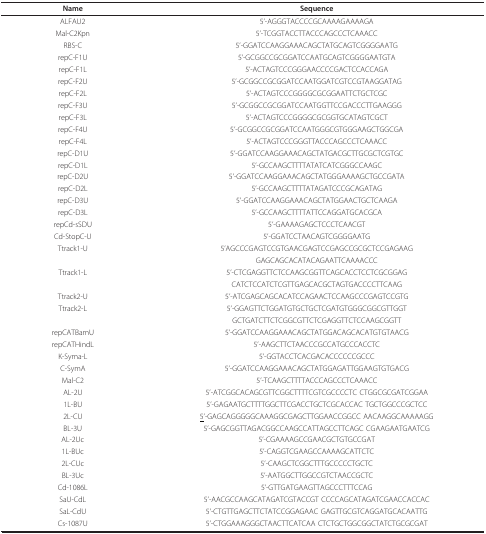
<table><thead><tr><td><b>Name</b></td><td><b>Sequence</b></td></tr></thead><tbody><tr><td>ALFAU2</td><td>5&#x27;-AGGGTACCCCGCAAAAGAAAAGA</td></tr><tr><td>Mal-C2Kpn</td><td>5&#x27;-TCGGTACCTTACCCAGCCCTCAAACC</td></tr><tr><td>RBS-C</td><td>5&#x27;-GGATCCAAGGAAACAGCTATGCAGTCGGGGAATG</td></tr><tr><td>repC-F1U</td><td>5&#x27;-GCGGCCGCGGATCCAATGCAGTCGGGGAATGTA</td></tr><tr><td>repC-F1L</td><td>5&#x27;-ACTAGTCCCGGGAACCCCGACTCCACCAGA</td></tr><tr><td>repC-F2U</td><td>5&#x27;-GCGGCCGCGGATCCAATGGATCGTCCGTAAGGATAG</td></tr><tr><td>repC-F2L</td><td>5&#x27;-ACTAGTCCCGGGGCGCGGAATTCTGCTCGC</td></tr><tr><td>repC-F3U</td><td>5&#x27;-GCGGCCGCGGATCCAATGGTTCCGACCCTTGAAGGG</td></tr><tr><td>repC-F3L</td><td>5&#x27;-ACTAGTCCCGGGGCGCGGTGCATAGTCGCT</td></tr><tr><td>repC-F4U</td><td>5&#x27;-GCGGCCGCGGATCCAATGGGCGTGGGAAGCTGGCGA</td></tr><tr><td>repC-F4L</td><td>5&#x27;-ACTAGTCCCGGGTTACCCAGCCCTCAAACC</td></tr><tr><td>repC-D1U</td><td>5&#x27;-GGATCCAAGGAAACAGCTATGACGCTTGCGCTCGTGC</td></tr><tr><td>repC-D1L</td><td>5&#x27;-GCCAAGCTTTTATATCATCGGGCCAAGC</td></tr><tr><td>repC-D2U</td><td>5&#x27;-GGATCCAAGGAAACAGCTATGGGAAAAGCTGCCGATA</td></tr><tr><td>repC-D2L</td><td>5&#x27;-GCCAAGCTTTTATAGATCCCGCAGATAG</td></tr><tr><td>repC-D3U</td><td>5&#x27;-GGATCCAAGGAAACAGCTATGGAACTGCTCAAGA</td></tr><tr><td>repC-D3L</td><td>5&#x27;-GCCAAGCTTTTATTCCAGGATGCACGCA</td></tr><tr><td>repCd-sSDU</td><td>5&#x27;-GAAAAGAGCTCCCTCAACGT</td></tr><tr><td>Cd-StopC-U</td><td>5&#x27;-GGATCCTAACAGTCGGGGAATG</td></tr><tr><td>Ttrack1-U</td><td>5&#x27;AGCCCGAGTCCGTGAACGAGTCCGAGCCGCGCTCCGAGAAG</td></tr><tr><td></td><td>GAGCAGCACATACAGAATTCAAAACCC</td></tr><tr><td>Ttrack1-L</td><td>5&#x27;-CTCGAGGTTCTCCAAGCGGTTCAGCACCTCCTCGCGGAG</td></tr><tr><td></td><td>CATCTCCATCTCGTTGAGCACGCTAGTGACCCCTTCAAG</td></tr><tr><td>Ttrack2-U</td><td>5&#x27;-ATCGAGCAGCACATCCAGAACTCCAAGCCCGAGTCCGTG</td></tr><tr><td>Ttrack2-L</td><td>5&#x27;-GGAGTTCTGGATGTGCTGCTCGATGTGGGCGGCGTTGGT</td></tr><tr><td></td><td>GCTGATCTTCTCGGCGTTCTCGAGGTTCTCCAAGCGGTT</td></tr><tr><td>repCATBamU</td><td>5&#x27;-GGATCCAAGGAAACAGCTATGGACAGCACATGTGTAACG</td></tr><tr><td>repCATHindL</td><td>5&#x27;-AAGCTTCTAACCCGCCATGCCCACCTC</td></tr><tr><td>K-Syma-L</td><td>5&#x27;-GGTACCTCACGACACCCCCCGCCC</td></tr><tr><td>C-SymA</td><td>5&#x27;-GGATCCAAGGAAACAGCTATGGAGATTGGAAGTGTGACG</td></tr><tr><td>Mal-C2</td><td>5&#x27;-TCAAGCTTTTACCCAGCCCTCAAACC</td></tr><tr><td>AL-2U</td><td>5&#x27;-ATCGGCACAGCGTTCGGCTTTTCGTCGCCCCTC CTGGCGCGATCGGAA</td></tr><tr><td>1L-BU</td><td>5&#x27;-GAGAATGCTTTTGGCTTCGACCTGCTCGCACCAC TGCTGGCCCGCTCC</td></tr><tr><td>2L-CU</td><td><underline>5</underline>&#x27;-GAGCAGGGGGCAAAGGCGAGCTTGGAACCGGCC AACAAGGCAAAAAGG</td></tr><tr><td>BL-3U</td><td>5&#x27;-GAGCGGTTAGACGGCCAAGCCATTAGCCTTCAGC CGAAGAATGAATCG</td></tr><tr><td>AL-2Uc</td><td>5&#x27;-CGAAAAGCCGAACGCTGTGCCGAT</td></tr><tr><td>1L-BUc</td><td>5&#x27;-CAGGTCGAAGCCAAAAGCATTCTC</td></tr><tr><td>2L-CUc</td><td>5&#x27;-CAAGCTCGGCTTTGCCCCCTGCTC</td></tr><tr><td>BL-3Uc</td><td>5&#x27;-AATGGCTTGGCCGTCTAACCGCTC</td></tr><tr><td>Cd-1086L</td><td>5&#x27;-GTTGATGAAGTTAGCCCTTTCCAG</td></tr><tr><td>SaU-CdL</td><td>5&#x27;-AACGCCAAGCATAGATCGTACCGT CCCCAGCATAGATCGAACCACCAC</td></tr><tr><td>SaL-CdU</td><td>5&#x27;-CTGTTGAGCTTCTATCCGGAGAAC GAGTTGCGTCAGGATGCACAATTG</td></tr><tr><td>Cs-1087U</td><td>5&#x27;-CTGGAAAGGGCTAACTTCATCAA CTCTGCTGGCGGCTATCTGCGCGAT</td></tr></tbody></table>